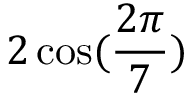
2 \cos ( { \frac { 2 \pi } { 7 } } )